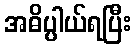
အဓိပ္ပါယ်ရပြီး